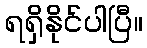
ရရှိနိုင်ပါပြီ။